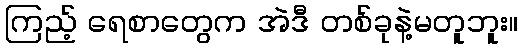
ကြည့် ရေစာတွေက အဲဒီ တစ်ခုနဲ့မတူဘူး။